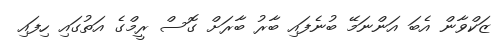
ޒަކްވާން އެބަ އަންނަމޭ ބުނެފައި ބާރު ބާރަށް ގޮސް ރީމްގެ އަތުގައި ހިފައި